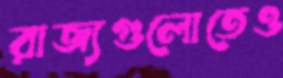
রাজ্যগুলোতেও